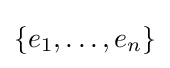
\{e_{1},\ldots ,e_{n}\}